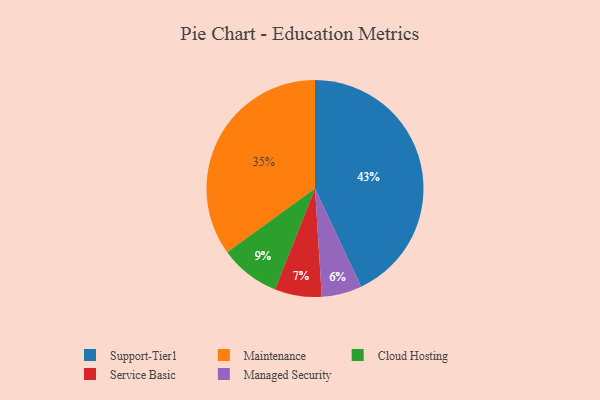
{"axis": {"x": "Category", "y": "Percentage"}, "legend": ["Cloud Hosting", "Maintenance", "Managed Security", "Service Basic", "Support-Tier1"], "data": [{"x": "Support-Tier1", "y": 43, "type": "Support-Tier1"}, {"x": "Cloud Hosting", "y": 9, "type": "Cloud Hosting"}, {"x": "Service Basic", "y": 7, "type": "Service Basic"}, {"x": "Maintenance", "y": 35, "type": "Maintenance"}, {"x": "Managed Security", "y": 6, "type": "Managed Security"}]}